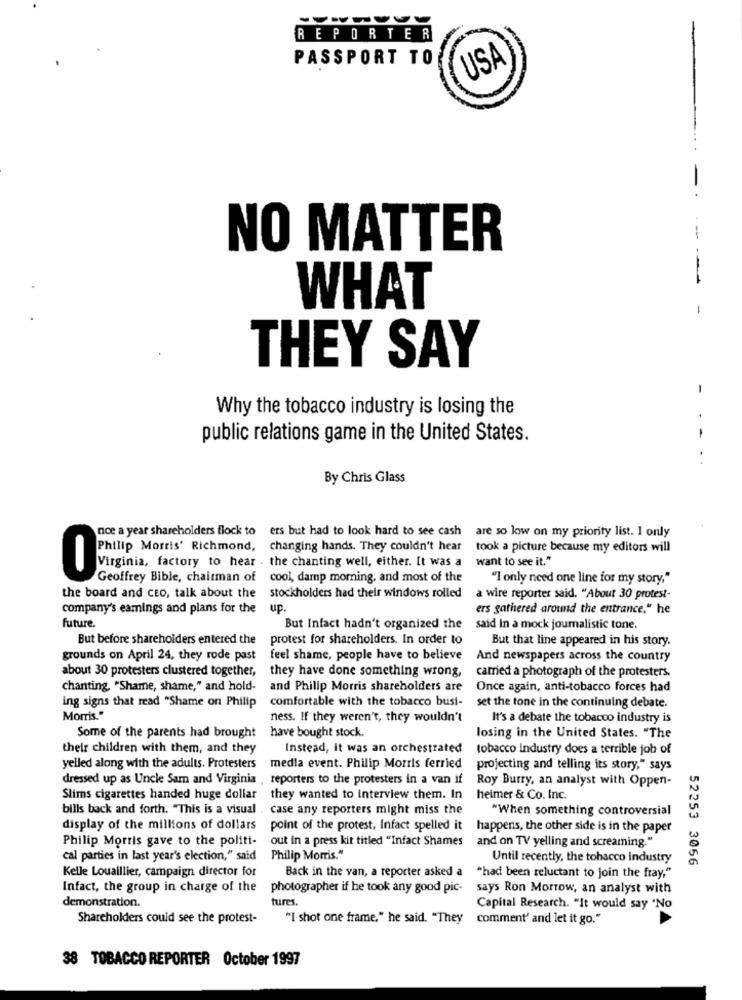
REPORTER
PASSPORT TO
USA
-
-
NO MATTER
-
WHAT
-
THEY SAY
-
Why the tobacco industry is losing the
public relations game in the United States.
--
..
By Chris Glass
nce a year shareholders flock to ers but had to look hard to see cash
are so low on my priority list. I only
Philip Morris' Richmond, changing hands. They couldn't hear
took a picture because my editors will
want to see it."
Virginia, factory to hear . the chanting well, either. It was a
0
Geoffrey Bible, chairman of
cool, damp morning, and most of the
"I only need one line for my story,"
the board and CEO, talk about the
stockholders had their windows rolled
a wire reporter said. "About 30 protest-
company's eamings and plans for the
up.
ers gathered around the entrance." he
future.
But Infact hadn't organized the said In a mock journalistic tone.
But before shareholders entered the
protest for shareholders. In order to
But that line appeared in his story.
grounds on April 24, they rode past
feel shame, people have to believe
And newspapers across the country
about 30 protesters clustered together,
they have done something wrong,
carried a photograph of the protesters.
chanting, "Shame, shame," and hold-
and Philip Morris shareholders are
Once again, anti-tobacco forces had
ing signs that read "Shame on Philip
comfortable with the tobacco busi-
set the tone in the continuing debate.
Morris."
ness. If they weren't, they wouldn't
It's a debate the tobacco industry is
Some of the parents had brought
have bought stock.
losing in the United States. "The
their children with them, and they
Instead, it was an orchestrated
tobacco industry does a terrible job of
yelled along with the adults. Protesters
media event. Philip Morris ferried projecting and telling its story," says
dressed up as Uncle Sam and Virginia , reporters to the protesters in a van if Roy Burry, an analyst with Oppen-
Slims cigarettes handed huge dollar they wanted to interview them. In
heimer & Co. Inc.
bills back and forth. "This is a visual
case any reporters might miss the
"When something controversial
display of the millions of dollars
point of the protest, Infact spelled it
happens, the other side is in the paper
Philip Morris gave to the politi-
out in a press kit titled "Infact Shames
and on TV yelling and screaming."
cal parties in last year's election," said
Philip Morris."
Until recently, the tobacco industry
Kelle Louaillier, campaign director for
Back in the van, a reporter asked a
"had been reluctant to join the fray,"
52253 3056
Infact, the group in charge of the
photographer if he took any good pic-
says Ron Morrow, an analyst with
demonstration.
tures.
Capital Research. "It would say "No
Shareholders could see the protest-
"I shot one frame," he said. "They
comment' and let it go."
38 TOBACCO REPORTER October 1997